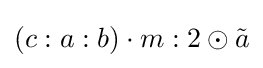
\left(c:a:b\right)\cdot m:2\odot {\tilde {a}}